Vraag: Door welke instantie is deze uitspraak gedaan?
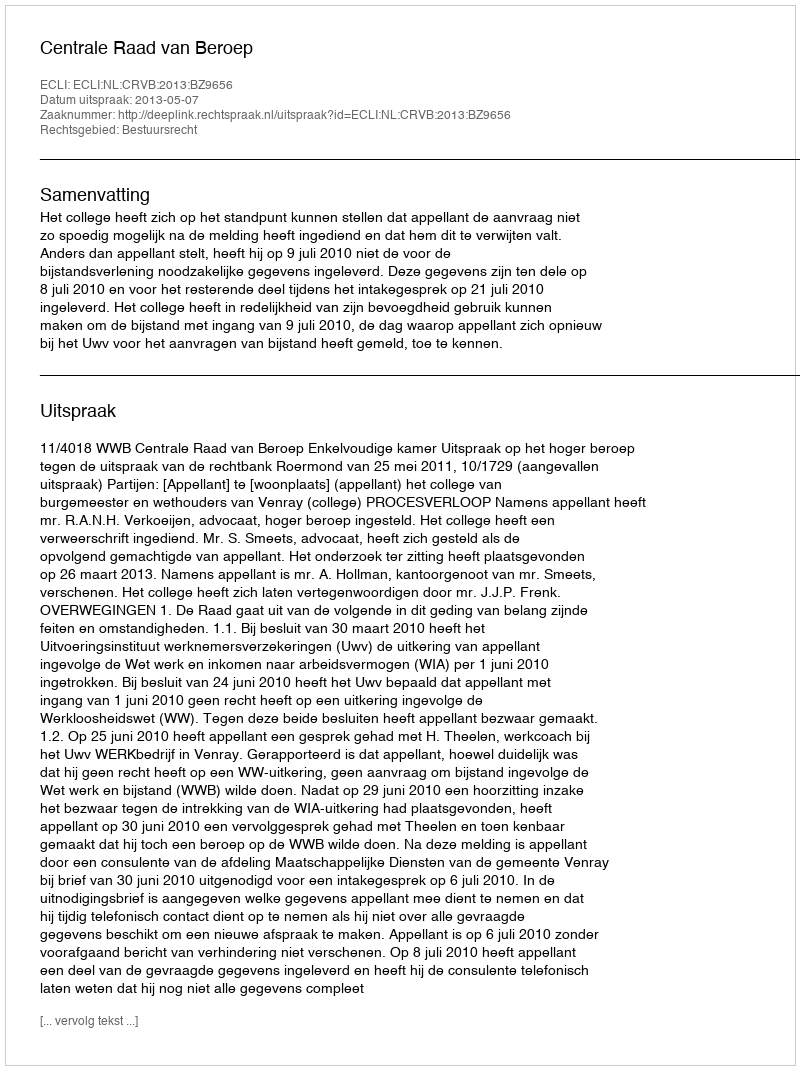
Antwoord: Centrale Raad van Beroep